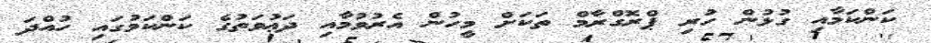
ކަންކަމާއި ގުޅުން ހުރި ޕްރޮގްރާމް ތަކަށް މީހުން އެރުވުމާއި ދަޢުވަތުގެ ކަންކަމުގައި ހުއްދަ